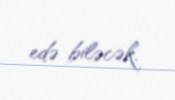
edə biləcək.